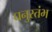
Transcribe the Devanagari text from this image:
घनुस्तंभ